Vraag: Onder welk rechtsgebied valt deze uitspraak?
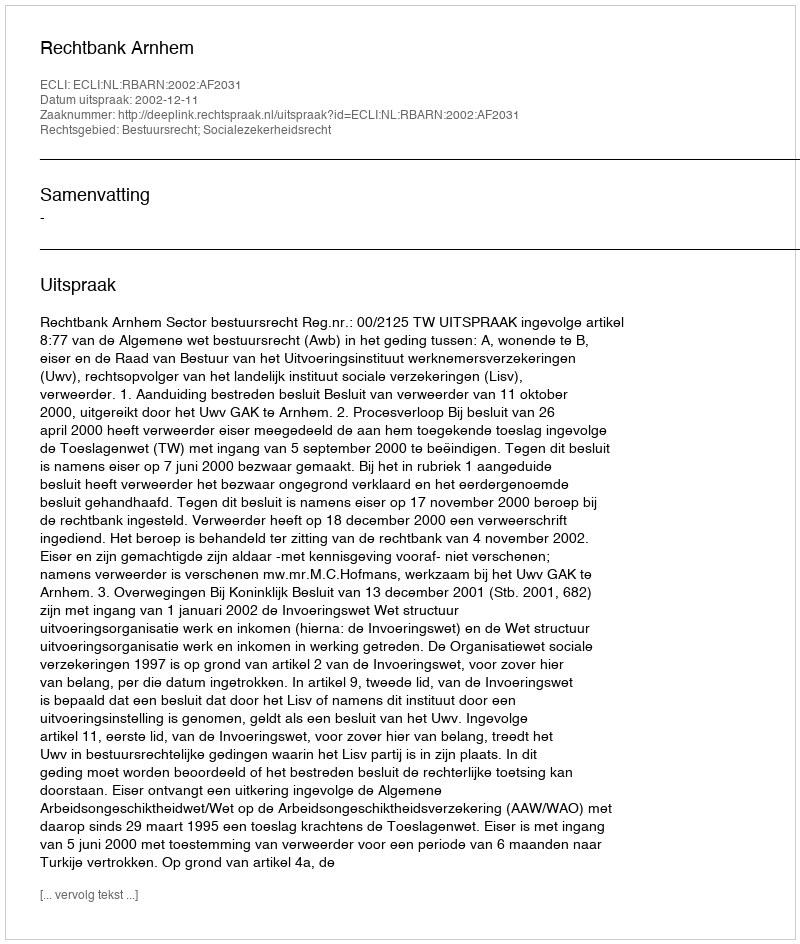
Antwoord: Bestuursrecht; Socialezekerheidsrecht